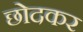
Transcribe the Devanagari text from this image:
छोदकर